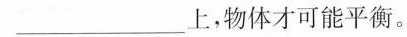
___上，物体才可能平衡。